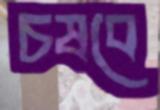
চষবে